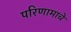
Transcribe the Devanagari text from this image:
परिणामाचे